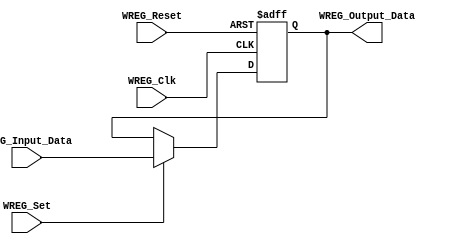
/*######################################################################
//# Register triggered by positive edge clock and asynchronous reset
//######################################################################
//#
//# Copyright (C) 2021 Jose Maria Jaramillo Hoyos 
//# 
//# This program is free software: you can redistribute it and/or modify
//# it under the terms of the GNU General Public License as published by
//# the Free Software Foundation, either version 3 of the License, or
//# (at your option) any later version.
//#
//# This program is distributed in the hope that it will be useful,
//# but WITHOUT ANY WARRANTY; without even the implied warranty of
//# MERCHANTABILITY or FITNESS FOR A PARTICULAR PURPOSE.  See the
//# GNU General Public License for more details.
//#
//# You should have received a copy of the GNU General Public License
//# along with this program.  If not, see <https://www.gnu.org/licenses/>.
//#
//#####################################################################*/

module WREG #(parameter WREG_DATA_WIDTH=16)(
//////////// INPUTS //////////
WREG_Clk,
WREG_Reset,
WREG_Set,
WREG_Input_Data,
//////////// OUTPUTS //////////
WREG_Output_Data
);

//============================================================
//  PORT DECLARATIONS
//============================================================
input WREG_Clk;
input WREG_Reset;
input WREG_Set;
input signed [WREG_DATA_WIDTH-1:0] WREG_Input_Data; 
output signed [WREG_DATA_WIDTH-1:0] WREG_Output_Data;

//=======================================================
//  REG/WIRE DECLARATIONS
//=======================================================

reg signed[WREG_DATA_WIDTH-1:0] Internal_Register;

//============================================================
// SEQUENTIAL LOGIC
//============================================================
always @(negedge WREG_Clk or negedge WREG_Reset)
begin	
	if(!WREG_Reset)
		Internal_Register<=0;
	else if(WREG_Set)
		Internal_Register<=WREG_Input_Data;
end

//============================================================
// COMBINATIONAL OUTPUT LOGIC
//============================================================

assign WREG_Output_Data=Internal_Register;

endmodule